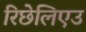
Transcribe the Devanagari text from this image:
रिछेलिएउ